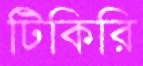
টিকিরি